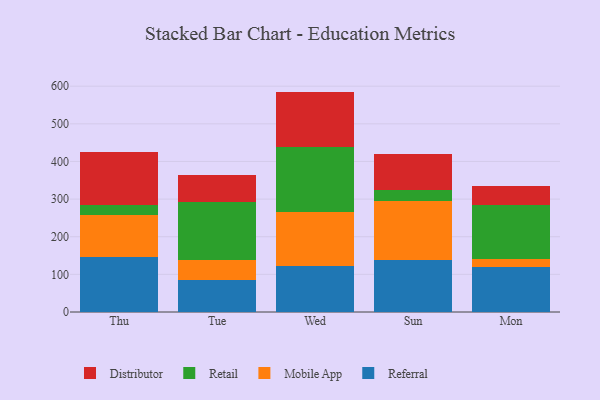
{"axis": {"x": "Day", "y": "Gross Profit (USD K)"}, "legend": ["Distributor", "Mobile App", "Referral", "Retail"], "data": [{"x": "Thu", "y": 145.4, "type": "Referral"}, {"x": "Thu", "y": 111.3, "type": "Mobile App"}, {"x": "Thu", "y": 27.0, "type": "Retail"}, {"x": "Thu", "y": 140.5, "type": "Distributor"}, {"x": "Tue", "y": 85.3, "type": "Referral"}, {"x": "Tue", "y": 52.4, "type": "Mobile App"}, {"x": "Tue", "y": 154.5, "type": "Retail"}, {"x": "Tue", "y": 71.2, "type": "Distributor"}, {"x": "Wed", "y": 123.3, "type": "Referral"}, {"x": "Wed", "y": 143.3, "type": "Mobile App"}, {"x": "Wed", "y": 172.9, "type": "Retail"}, {"x": "Wed", "y": 146.1, "type": "Distributor"}, {"x": "Sun", "y": 139.0, "type": "Referral"}, {"x": "Sun", "y": 156.7, "type": "Mobile App"}, {"x": "Sun", "y": 29.6, "type": "Retail"}, {"x": "Sun", "y": 93.4, "type": "Distributor"}, {"x": "Mon", "y": 118.3, "type": "Referral"}, {"x": "Mon", "y": 22.1, "type": "Mobile App"}, {"x": "Mon", "y": 142.6, "type": "Retail"}, {"x": "Mon", "y": 51.8, "type": "Distributor"}]}